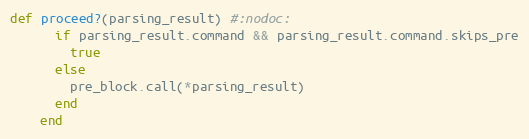
Language: Ruby
def proceed?(parsing_result) #:nodoc:
      if parsing_result.command && parsing_result.command.skips_pre
        true
      else
        pre_block.call(*parsing_result)
      end
    end